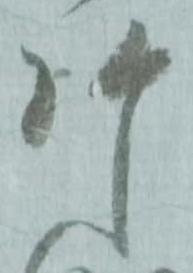
片